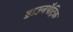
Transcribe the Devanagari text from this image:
डाउनपैट्रिक